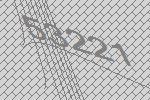
53221